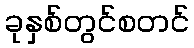
ခုနှစ်တွင်စတင်